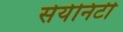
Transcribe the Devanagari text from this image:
सेयेनिटी